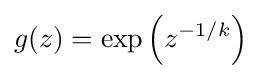
g(z)=\exp \left(z^{-1/k}\right)